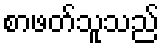
စာဖတ်သူသည်